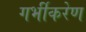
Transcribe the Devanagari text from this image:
गर्भीकरेण